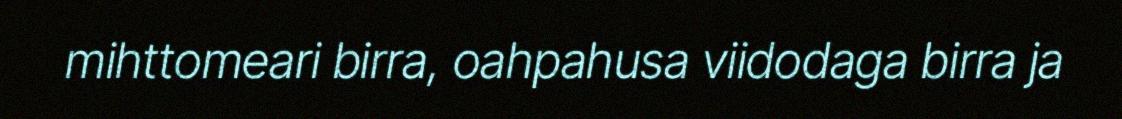
mihttomeari birra, oahpahusa viidodaga birra ja